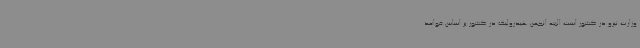
وزارت نیرو در کشور است البته انجمن هیدرولیک در کشور بر اساس قواعد